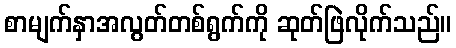
စာမျက်နှာအလွတ်တစ်ရွက်ကို ဆုတ်ဖြဲလိုက်သည်။